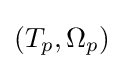
\left(T_{p},\Omega _{p}\right)